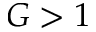
G > 1